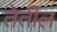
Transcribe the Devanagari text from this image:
तेतील